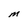
Character: M